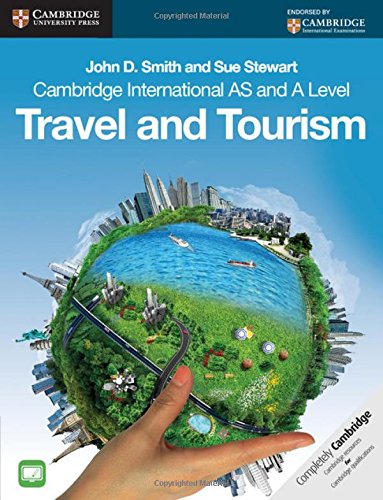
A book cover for Cambridge International AS and A Level Travel and Tourism (Cambridge International Examinations); John D. Smith; Teen & Young Adult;